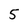
Character: 5